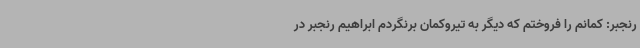
رنجبر: کمانم را فروختم که دیگر به تیروکمان برنگردم ابراهیم رنجبر در